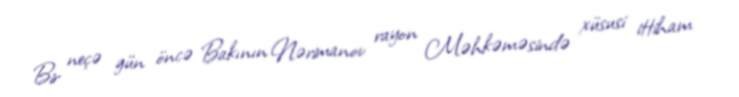
Bir neçə gün öncə Bakının Nərimanov rayon Məhkəməsində xüsusi ittiham